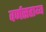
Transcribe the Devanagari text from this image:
वर्णसहाय्य